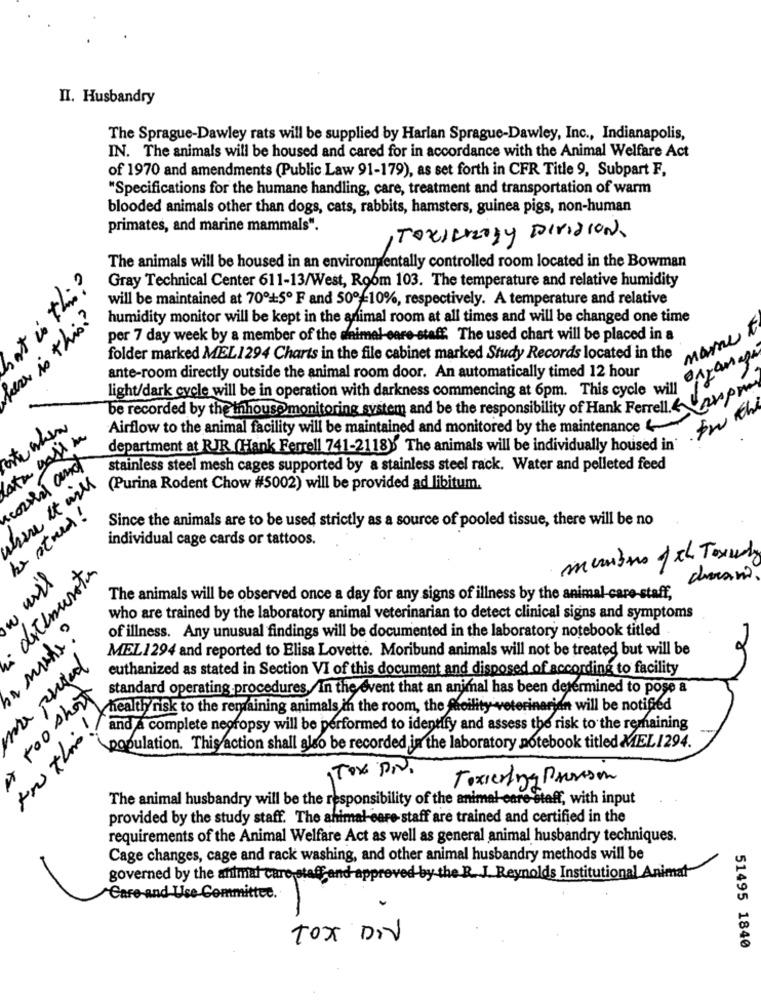
II. Husbandry
The Sprague-Dawley rats will be supplied by Harlan Sprague-Dawley, Inc ., Indianapolis,
IN. The animals will be housed and cared for in accordance with the Animal Welfare Act
of 1970 and amendments (Public Law 91-179), as set forth in CFR Title 9, Subpart F.
"Specifications for the humane handling, care, treatment and transportation of warm
blooded animals other than dogs, cats, rabbits, hamsters, guinea pigs, non-human
primates, and marine mammals".
The animals will be housed in an environmentally controlled room located in the Bowman
t is this?
Gray Technical Center 611-13/West, Room 103. The temperature and relative humidity
will be maintained at 70º+5º F and 50º-10%, respectively. A temperature and relative
here is this?
humidity monitor will be kept in the animal room at all times and will be changed one time
marne
per 7 day week by a member of the animal care-staff. The used chart will be placed in a
folder marked MEL1294 Charts in the file cabinet marked Study Records located in the
ante-room directly outside the animal room door. An automatically timed 12 hour
light/dark cycle will be in operation with darkness commencing at 6pm. This cycle will
be recorded by the inhouse monitoring system and be the responsibility of Hank Ferrell & WarP
Airflow to the animal facility will be maintained and monitored by the maintenance
department at RJR (Hank Ferrell 741-2118) The animals will be individually housed in'
corred and
stainless steel mesh cages supported by a stainless steel rack. Water and pelleted feed
(Purina Rodent Chow #5002) will be provided ad libitum.
be stored!
Since the animals are to be used strictly as a source of pooled tissue, there will be no
individual cage cards or tattoos.
members ofch Texudy
detenunato
The animals will be observed once a day for any signs of illness by the animal-care-staff,
who are trained by the laboratory animal veterinarian to detect clinical signs and symptoms
of illness. Any unusual findings will be documented in the laboratory notebook titled
MEL1294 and reported to Elisa Lovette. Moribund animals will not be treated but will be
euthanized as stated in Section VI of this document and disposed of according to facility
too short
standard operating procedures. In the event that an animal has been determined to pose a
In this !!
healthy risk to the remaining animals in the room, the foility veterinarian will be notified
and A complete negropsy will be performed to identify and assess the risk to the remaining
population. This action shall also be recorded in the laboratory notebook titled MEL1294.
Toxiering Provision
The animal husbandry will be the responsibility of the animal care staff, with input
provided by the study staff. The animal care staff are trained and certified in the
requirements of the Animal Welfare Act as well as general animal husbandry techniques.
Cage changes, cage and rack washing, and other animal husbandry methods will be
governed by the animal care staff and approved by the R. J. Reynolds Institutional Animat
Care-and Use Committee.
Tox DIV
51495 1840